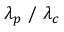
\lambda _ { p } \mathrm { ~ / ~ } \lambda _ { c }